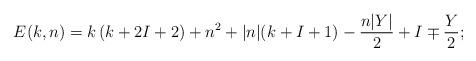
LaTeX: \begin{align*}E(k,n)=k\left(k+2I+2\right) +n^2+|n|(k+I+1)-{n|Y|\over 2}+I\mp{Y \over 2};\\\end{align*}